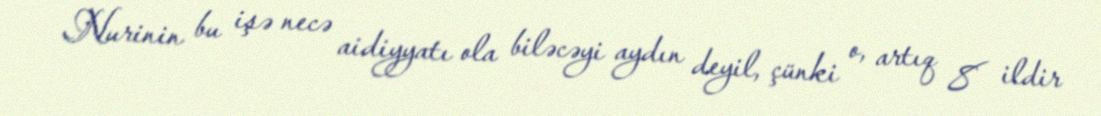
Nurinin bu işə necə aidiyyatı ola biləcəyi aydın deyil, çünki o, artıq 8 ildir